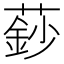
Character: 𮑍